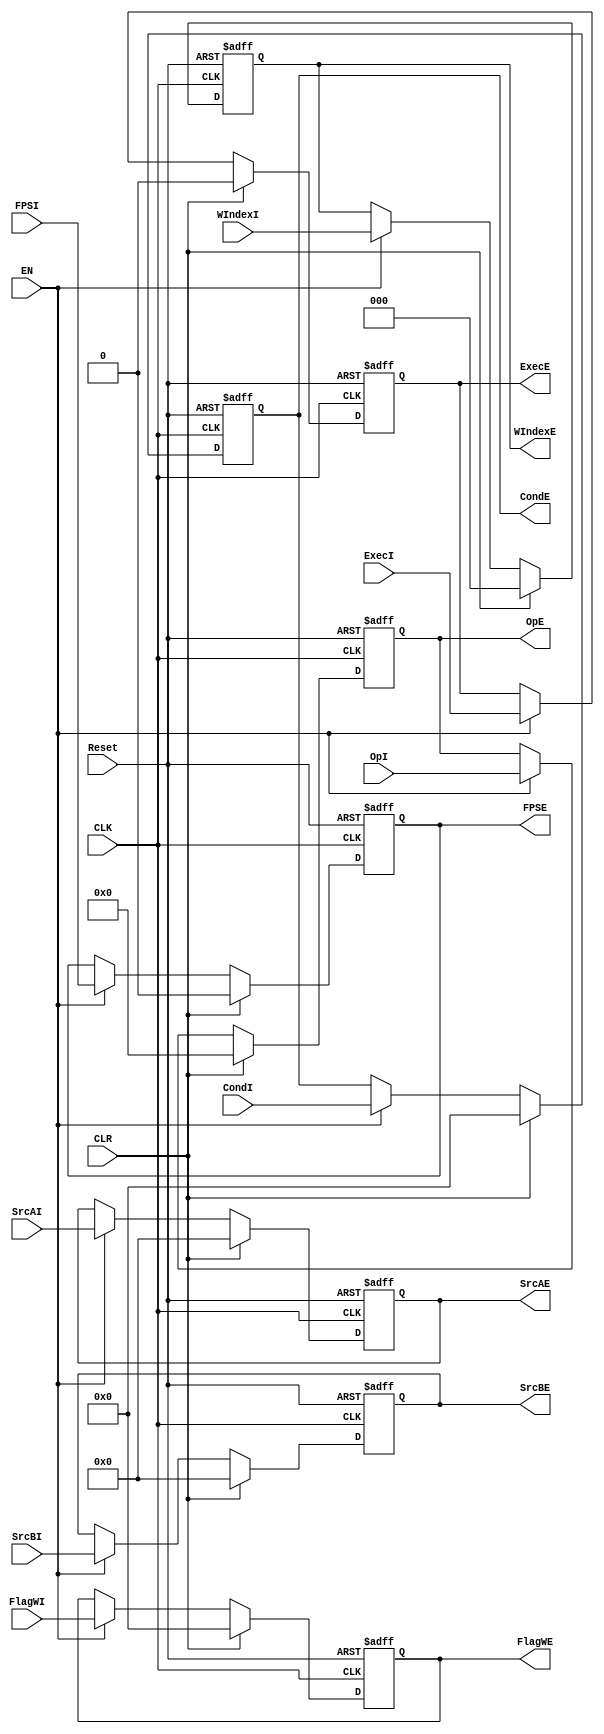
module FP_IEReg(
    input CLK,
    input Reset,
    input EN,
    input CLR,
    input ExecI,
    input [3:0] CondI,
    input [3:0] FlagWI,
    input [2:0] WIndexI,
    input [31:0] SrcAI,
    input [31:0] SrcBI,
    input [4:0] OpI,
    input FPSI,
    output reg ExecE,
    output reg [3:0] CondE,
    output reg [3:0] FlagWE,
    output reg [2:0] WIndexE,
    output reg [31:0] SrcAE,
    output reg [31:0] SrcBE,
    output reg [4:0] OpE,
    output reg FPSE
);

    initial begin
        ExecE = 0;
        CondE = 0;
        FlagWE = 0;
        WIndexE = 0;
        SrcAE = 0;
        SrcBE = 0;
        OpE = 0;
        FPSE = 0;
    end

    always @(posedge CLK, posedge Reset) begin
        if (Reset) begin
            ExecE <= 0;
            CondE <= 0;
            FlagWE <= 0;
            WIndexE <= 0;
            SrcAE <= 0;
            SrcBE <= 0;
            OpE <= 0;
            FPSE <= 0;
        end
        else if (CLR) begin
            ExecE <= 0;
            CondE <= 0;
            FlagWE <= 0;
            WIndexE <= 0;
            SrcAE <= 0;
            SrcBE <= 0;
            OpE <= 0;
            FPSE <= 0;
        end
        else if (EN) begin
            ExecE <= ExecI;
            CondE <= CondI;
            FlagWE <= FlagWI;
            WIndexE <= WIndexI;
            SrcAE <= SrcAI;
            SrcBE <= SrcBI;
            OpE <= OpI;
            FPSE <= FPSI;
        end
        else begin
            ExecE <= ExecE;
            CondE <= CondE;
            FlagWE <= FlagWE;
            WIndexE <= WIndexE;
            SrcAE <= SrcAE;
            SrcBE <= SrcBE;
            OpE <= OpE;
            FPSE <= FPSE;
        end
    end
endmodule